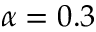
\alpha = 0 . 3